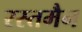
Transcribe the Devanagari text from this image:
रस्तमैन